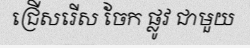
ជ្រើសរើស ចែក ផ្លូវ ជាមួយ